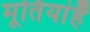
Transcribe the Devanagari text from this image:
मूर्तियांहैं